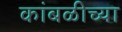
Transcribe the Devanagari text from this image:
कांबळीच्या